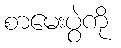
စာမေးပွဲကို